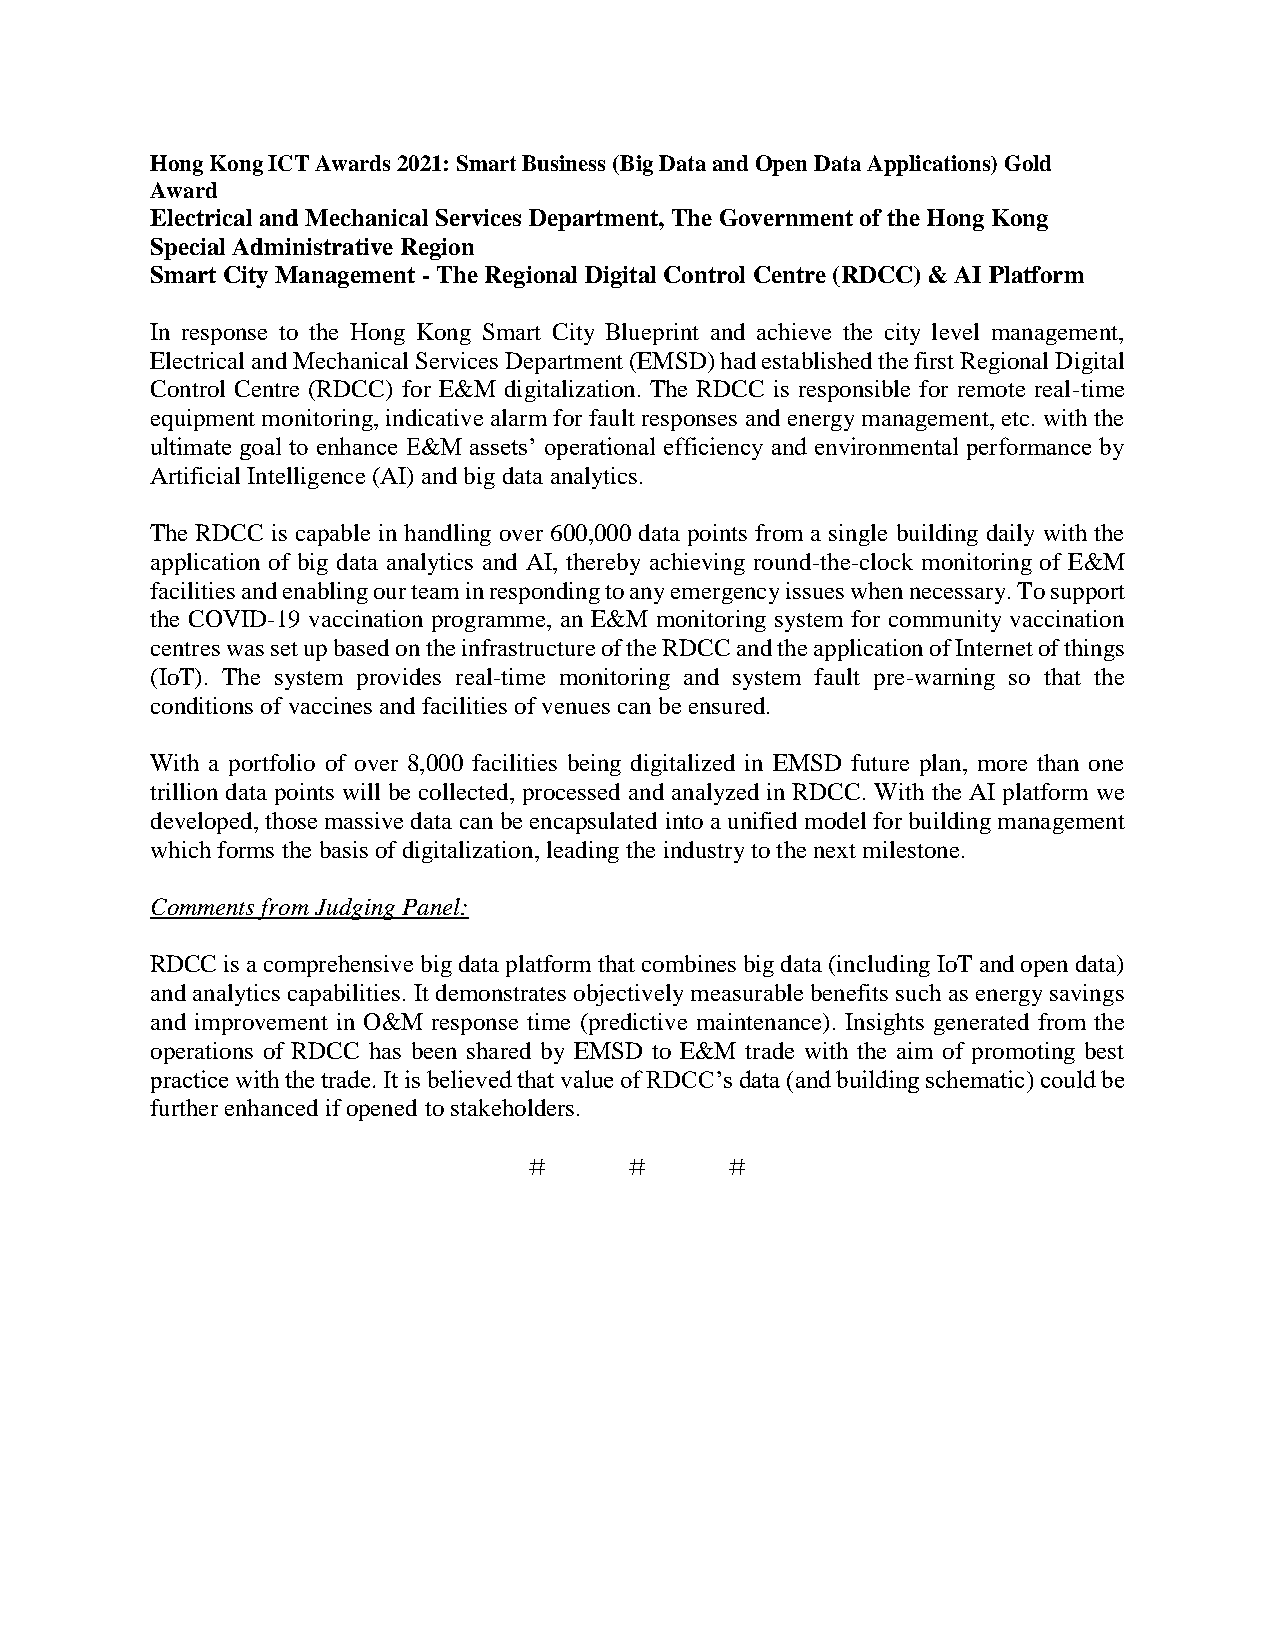
Hong Kong ICT Awards 2021: Smart Business (Big Data and Open Data Applications) Gold
 Award
 Electrical and Mechanical Services Department, The Government of the Hong Kong
 Special Administrative Region
 Smart City Management - The Regional Digital Control Centre (RDCC) & AI Platform
 In response to the Hong Kong Smart City Blueprint and achieve the city level management,
 Electrical and Mechanical Services Department (EMSD) had established the first Regional Digital
 Control Centre (RDCC) for E&M digitalization. The RDCC is responsible for remote real-time
 equipment monitoring, indicative alarm for fault responses and energy management, etc. with the
 ultimate goal to enhance E&M assets’ operational efficiency and environmental performance by
 Artificial Intelligence (AI) and big data analytics.
 The RDCC is capable in handling over 600,000 data points from a single building daily with the
 application of big data analytics and AI, thereby achieving round-the-clock monitoring of E&M
 facilities and enabling our team in responding to any emergency issues when necessary. To support
 the COVID-19 vaccination programme, an E&M monitoring system for community vaccination
 centres was set up based on the infrastructure of the RDCC and the application of Internet of things
 (IoT). The system provides real-time monitoring and system fault pre-warning so that the
 conditions of vaccines and facilities of venues can be ensured.
 With a portfolio of over 8,000 facilities being digitalized in EMSD future plan, more than one
 trillion data points will be collected, processed and analyzed in RDCC. With the AI platform we
 developed, those massive data can be encapsulated into a unified model for building management
 which forms the basis of digitalization, leading the industry to the next milestone.
 Comments from Judging Panel:
 RDCC is a comprehensive big data platform that combines big data (including IoT and open data)
 and analytics capabilities. It demonstrates objectively measurable benefits such as energy savings
 and improvement in O&M response time (predictive maintenance). Insights generated from the
 operations of RDCC has been shared by EMSD to E&M trade with the aim of promoting best
 practice with the trade. It is believed that value of RDCC’s data (and building schematic) could be
 further enhanced if opened to stakeholders.
 ＃     ＃      ＃